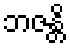
ဘဇန္တိ